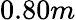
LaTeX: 0.80m